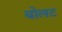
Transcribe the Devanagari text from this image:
बोलट